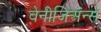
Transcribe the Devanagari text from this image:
वेनीजिअन्स